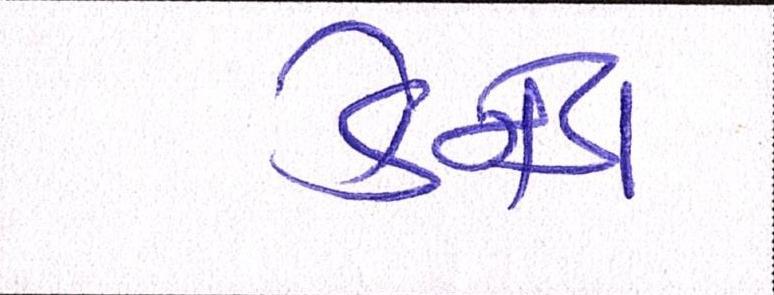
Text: કેનેડા